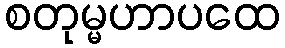
စတုမ္မဟာပထေ